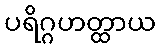
ပရိဂ္ဂဟတ္ထာယ